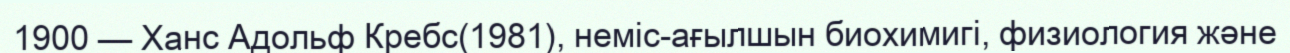
1900 — Ханс Адольф Кребс(1981), неміс-ағылшын биохимигі, физиология және